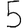
Digit: 5